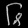
Digit: ၆